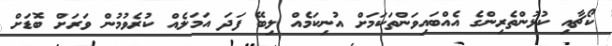
ކޯޗާއި ކުޅުންތެރިންގެ އެއްބައިވަންތަކަމަށް އުނިކަމެއް ލިބޭ ފަދަ އަމަލެއް ކުރެވުމުން ވަރަށް ބޮޑަށް